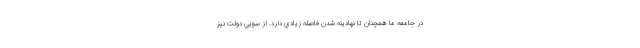
در جامعه ما همچنان تا نهادينه شدن فاصله زيادي دارد. از سويي دولت نيز